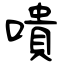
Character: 嘳